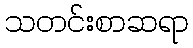
သတင်းစာဆရာ